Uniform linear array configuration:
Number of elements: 48
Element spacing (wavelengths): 1
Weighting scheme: uniform
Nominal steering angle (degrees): -60
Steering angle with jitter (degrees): -58.576
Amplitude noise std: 0.05
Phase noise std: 0.05

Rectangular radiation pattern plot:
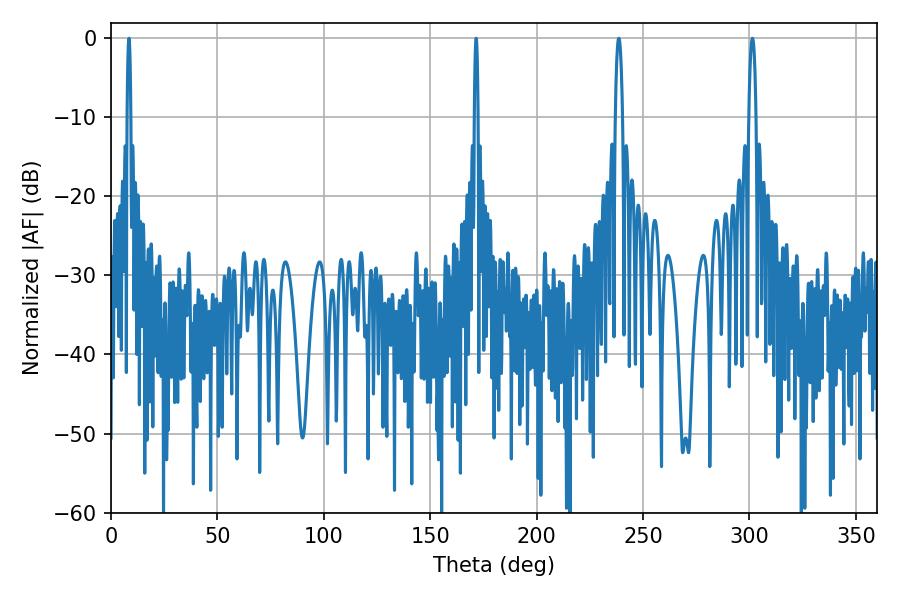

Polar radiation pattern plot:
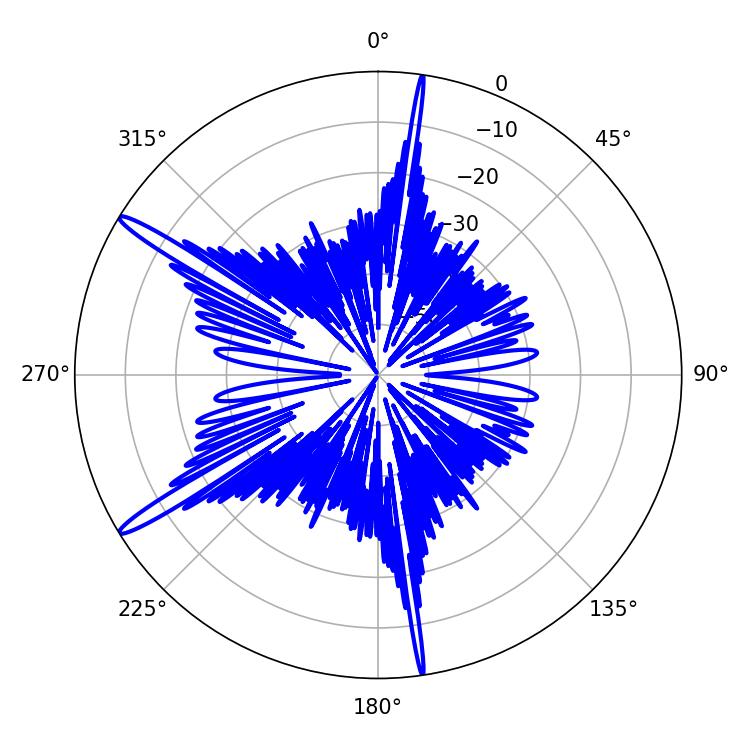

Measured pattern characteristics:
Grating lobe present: TRUE
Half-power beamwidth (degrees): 0.9
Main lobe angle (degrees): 171.54